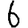
Digit: 6